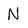
Character: N